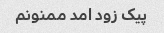
پیک زود امد ممنونم